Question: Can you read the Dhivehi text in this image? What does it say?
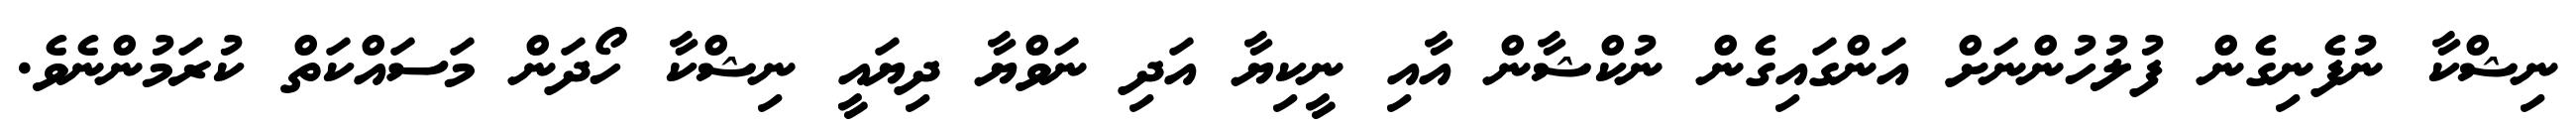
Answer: ނިޝްކާ ނުފެނިގެން ފުލުހުންނަށް އަންގައިގެން ނުކްޝާން އާއި ނީކިޔާ އަދި ނަވްޔާ ދިޔައީ ނިޝްކާ ހޯދަން މަސައްކަތް ކުރަމުންނެވެ.